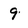
Character: 9